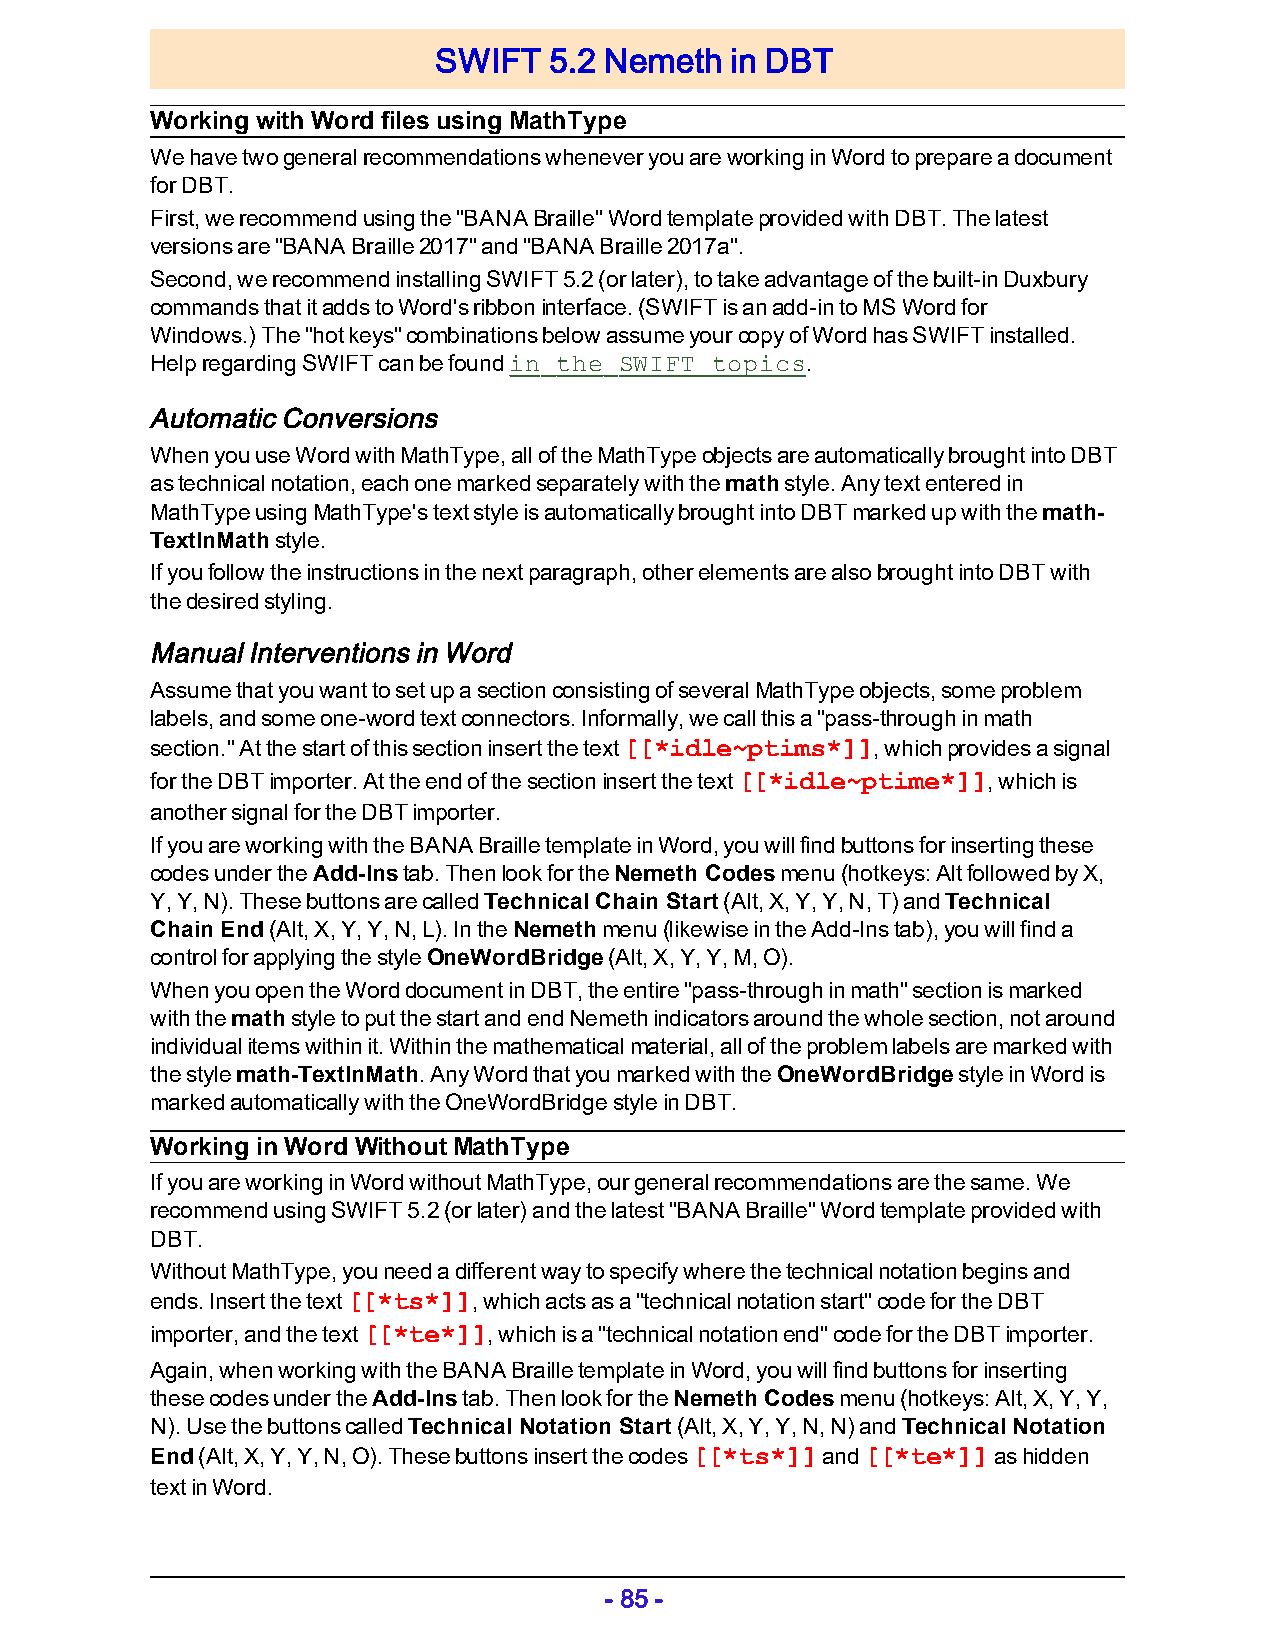
SWIFT  5.2 Nemeth  in DBT
 Working with Word files using MathType
 We have two general recommendations whenever you are working in Word to prepare a document
 for DBT.
 First, we recommend using the "BANA Braille" Word template provided with DBT. The latest
 versions are "BANA Braille 2017" and "BANA Braille 2017a".
 Second, we recommend installing SWIFT 5.2 (or later), to take advantage of the built-in Duxbury
 commands that it adds to Word's ribbon interface. (SWIFT is an add-in to MS Word for
 Windows.) The "hot keys" combinations below assume your copy of Word has SWIFT installed.
 Help regarding SWIFT can be found in the SWIFT topics.
 Automatic Conversions
 When you use Word with MathType, all of the MathType objects are automatically brought into DBT
 as technical notation, each one marked separately with the math style. Any text entered in
 MathType using MathType's text style is automatically brought into DBT marked up with the math-
 TextInMath style.
 If you follow the instructions in the next paragraph, other elements are also brought into DBT with
 the desired styling.
 Manual Interventions in Word
 Assume that you want to set up a section consisting of several MathType objects, some problem
 labels, and some one-word text connectors. Informally, we call this a "pass-through in math
 section." At the start of this section insert the text [[*idle~ptims*]], which provides a signal
 for the DBT importer. At the end of the section insert the text [[*idle~ptime*]], which is
 another signal for the DBT importer.
 If you are working with the BANA Braille template in Word, you will find buttons for inserting these
 codes under the Add-Ins tab. Then look for the Nemeth Codes menu (hotkeys: Alt followed by X,
 Y, Y, N). T hese buttons are called Technical Chain Start (Alt, X, Y, Y, N, T) and Technical
 Chain End (Alt, X , Y, Y, N, L). In the Nemeth menu (likewise in the Add-Ins tab), you will find a
 control for applying the style OneWordBridge (Alt, X, Y, Y, M, O).
 When you open the Word document in DBT, the entire "pass-through in math" section is marked
 with the math style to put the start and end Nemeth indicators around the whole section, not around
 individual items within it. Within the mathematical material, all of the problem labels are marked with
 the style math-TextInMath. Any Word that you marked with the OneWordBridge style in Word is
 marked automatically with the OneWordBridge style in DBT.
 Working in Word Without MathType
 If you are working in Word without MathType, our general recommendations are the same. We
 recommend using SWIFT 5.2 (or later) and the latest "BANA Braille" Word template provided with
 DBT.
 Without MathType, you need a different way to specify where the technical notation begins and
 ends. Insert the text [[*ts*]], which acts as a "technical notation start" code for the DBT
 importer, and the text [[*te*]], which is a "technical notation end" code for the DBT importer.
 Again, when working with the BANA Braille template in Word, you will find buttons for inserting
 these codes under the Add-Ins tab. Then look for the Nemeth Codes menu (hotkeys: Alt, X, Y, Y,
 N). Use the buttons called Technical Notation Start (Alt, X, Y, Y, N, N) and Technical Notation
 End (Alt, X, Y, Y, N, O). These buttons insert the codes [[*ts*]] and [[*te*]] as hidden
 text in Word.
 - 85 -